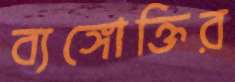
ব্যঙ্গোক্তির